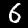
Digit: 6